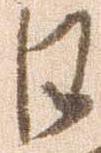
日